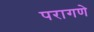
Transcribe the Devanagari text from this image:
परागणे